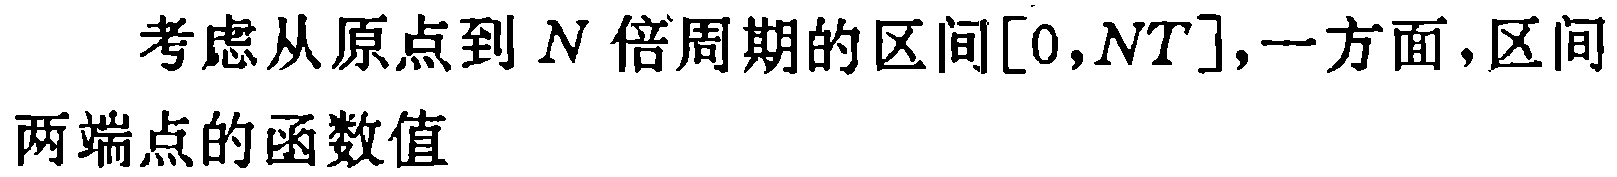
考虑从原点到 \(N\) 倍周期的区间\([0,NT]\)，一方面，区间两端点的函数值